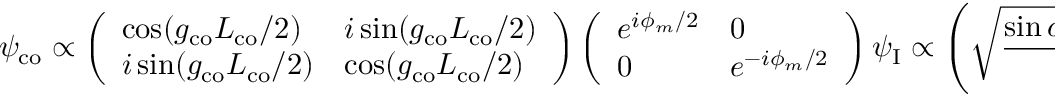
\psi _ { \mathrm { c o } } \propto \left( \begin{array} { l l } { \cos ( g _ { \mathrm { c o } } L _ { \mathrm { c o } } / 2 ) } & { i \sin ( g _ { \mathrm { c o } } L _ { \mathrm { c o } } / 2 ) } \\ { i \sin ( g _ { \mathrm { c o } } L _ { \mathrm { c o } } / 2 ) } & { \cos ( g _ { \mathrm { c o } } L _ { \mathrm { c o } } / 2 ) } \end{array} \right) \left( \begin{array} { l l } { e ^ { i \phi _ { m } / 2 } } & { 0 } \\ { 0 } & { e ^ { - i \phi _ { m } / 2 } } \end{array} \right) \psi _ { \mathrm { I } } \propto \left( \sqrt { \frac { \sin \alpha + \sin \phi _ { m } } { 2 \sin \alpha } } , \ \ \mp \sqrt { \frac { \sin \alpha - \sin \phi _ { m } } { 2 \sin \alpha } } \right) ^ { \mathbf { T } }